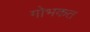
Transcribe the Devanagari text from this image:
गोभकत